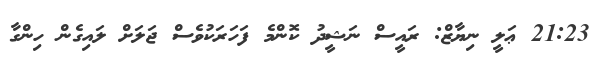
21:23 ޢަލީ ނިޔާޒް: ރައީސް ނަޝީދު ކޮންމެ ފަހަރަކުވެސް ޖަލަށް ލައިގެން ހިންގާ